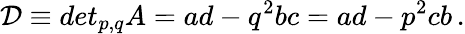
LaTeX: \mathcal{D}\equiv det_{p,q}A=ad-q^{2}bc=ad-p^{2}cb\, .